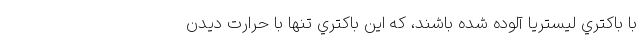
با باكتري ليستريا آلوده شده باشند، كه اين باكتري تنها با حرارت ديدن